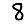
Digit: 8